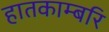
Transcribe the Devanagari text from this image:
हातकाम्बरि